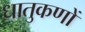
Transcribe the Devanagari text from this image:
धातुकणों